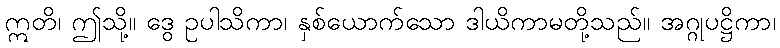
ဣတိ၊ ဤသို့။ ဒွေ ဥပါသိကာ၊ နှစ်ယောက်သော ဒါယိကာမတို့သည်။ အဂ္ဂုပဋ္ဌိကာ၊